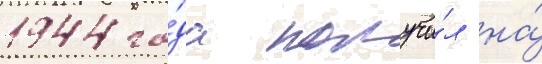
1944 го́да получи́л на́